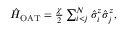
\begin{array} { r } { \hat { H } _ { \mathrm { { O A T } } } = \frac { \chi } { 2 } \sum _ { i < j } ^ { N } \hat { \sigma } _ { i } ^ { z } \hat { \sigma } _ { j } ^ { z } , } \end{array}